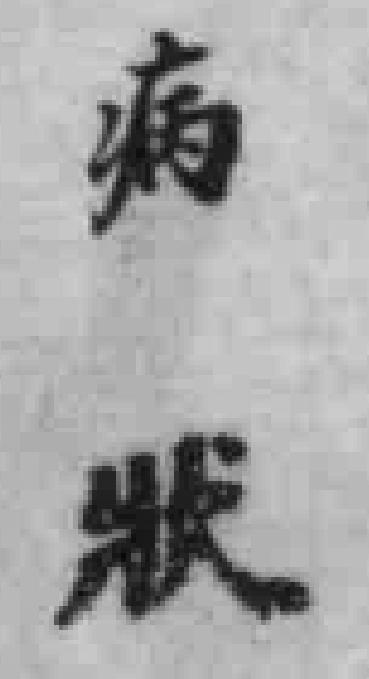
病狀